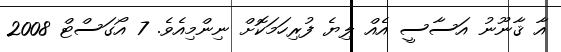
އާ ޤާނޫނު އަސާސީ އެއް ލިޔެ ފުރިހަމަކޮށް ނިންމިއެވެ. 7 އޯގަސްޓް 2008